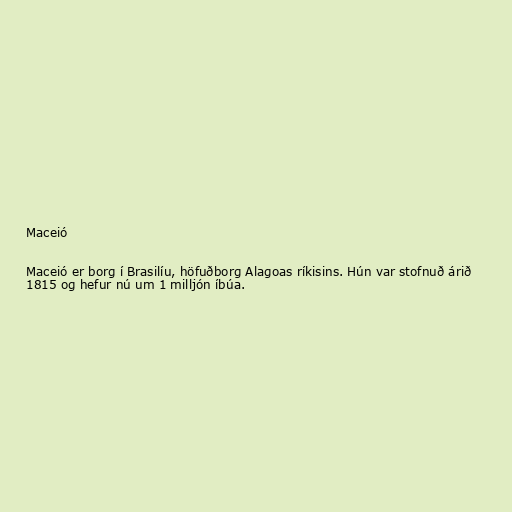
Maceió

Maceió er borg í Brasilíu, höfuðborg Alagoas ríkisins. Hún var stofnuð árið
1815 og hefur nú um 1 milljón íbúa.